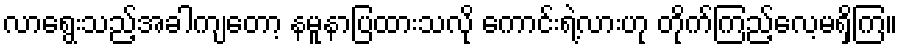
လာရွေးသည့်အခါကျတော့ နမူနာပြထားသလို ကောင်းရဲ့လားဟု တိုက်ကြည့်လေ့မရှိကြ။